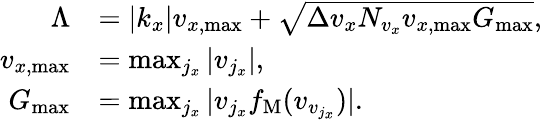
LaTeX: \begin{array}{rl}{\Lambda}&{=|k_{x}|v_{x,\operatorname*{max}}+\sqrt{\Delta v_{x}N_{v_{x}}v_{x,\operatorname*{max}}G_{\operatorname*{max}}},}\\ {v_{x,\operatorname*{max}}}&{=\operatorname*{max}_{j_{x}}|v_{j_{x}}|,}\\ {G_{\operatorname*{max}}}&{=\operatorname*{max}_{j_{x}}|v_{j_{x}}f_{\mathrm{M}}(v_{v_{j_{x}}})|.}\end{array}